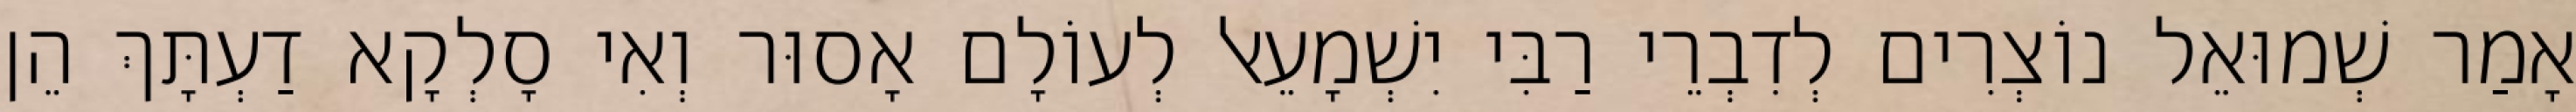
אָמַר שְׁמוּאֵל נוֹצְרִים לְדִבְרֵי רַבִּי יִשְׁמָעֵאל לְעוֹלָם אָסוּר וְאִי סָלְקָא דַעְתָּךְ הֵן